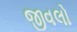
જીવલો